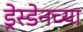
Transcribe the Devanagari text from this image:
ड्रेस्डेनच्या